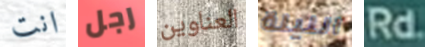
انت رجل العناوين الليلة Rd